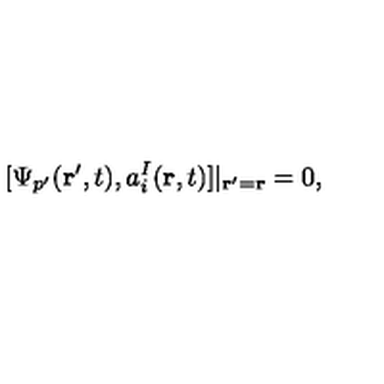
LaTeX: [ \Psi _ { p ^ { \prime } } ( { \bf r } ^ { \prime } , t ) , a _ { i } ^ { I } ( { \bf r } , t ) ] | _ { { \bf r } ^ { \prime } = { \bf r } } = 0 ,